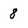
Character: 8